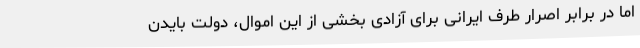
اما در برابر اصرار طرف ایرانی برای آزادی بخشی از این اموال، دولت بایدن